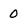
Character: O